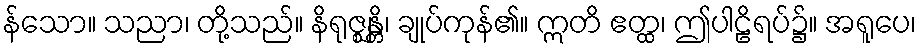
န်သော။ သညာ၊ တို့သည်။ နိရုဇ္ဈန္တိ၊ ချုပ်ကုန်၏။ ဣတိ ဧတ္ထ၊ ဤပါဠိရပ်၌။ အရူပေ၊